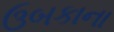
ઉબકાના